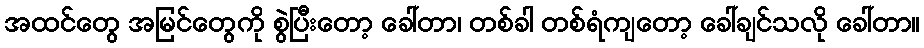
အထင်တွေ အမြင်တွေကို စွဲပြီးတော့ ခေါ်တာ၊ တစ်ခါ တစ်ရံကျတော့ ခေါ်ချင်သလို ခေါ်တာ။